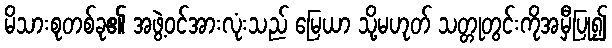
မိသားစုတစ်ခု၏ အဖွဲ့ဝင်အားလုံးသည် မြေယာ သို့မဟုတ် သတ္တုတွင်းကိုအမှီပြု၍